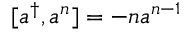
[ a ^ { \dagger } , a ^ { n } ] = - n a ^ { n - 1 }